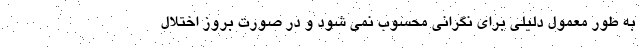
به طور معمول دلیلی برای نگرانی محسوب نمی شود و در صورت بروز اختلال